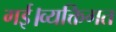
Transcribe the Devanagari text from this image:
गई।व्यक्तिगत